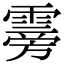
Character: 䨦